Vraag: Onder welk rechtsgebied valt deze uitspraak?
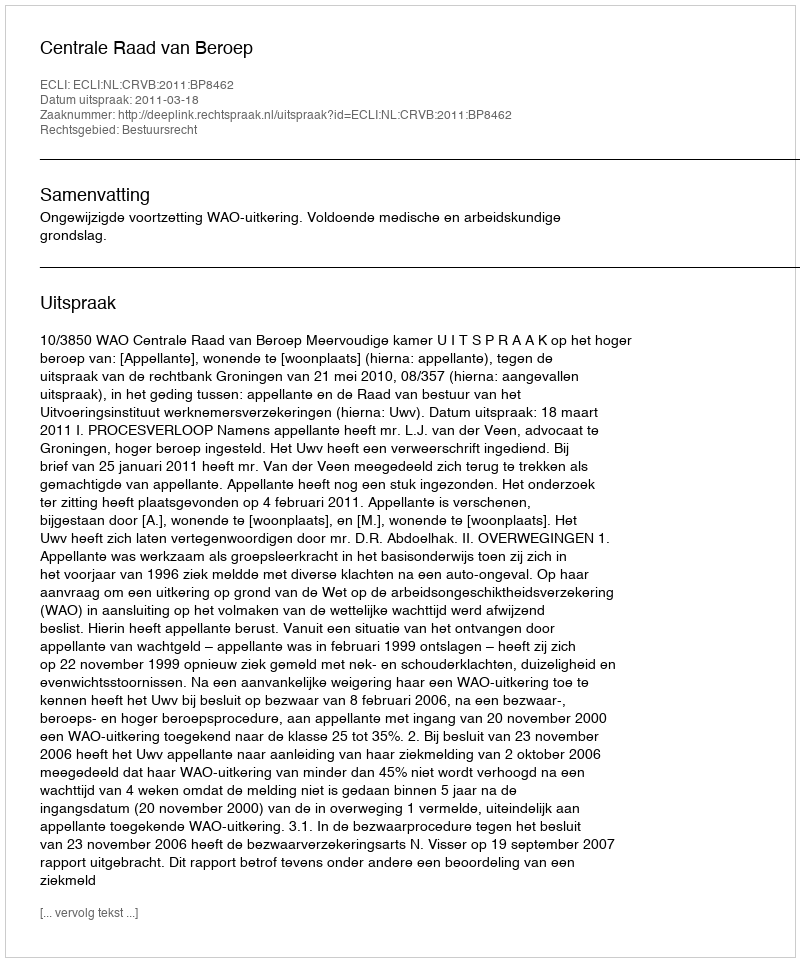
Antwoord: Bestuursrecht